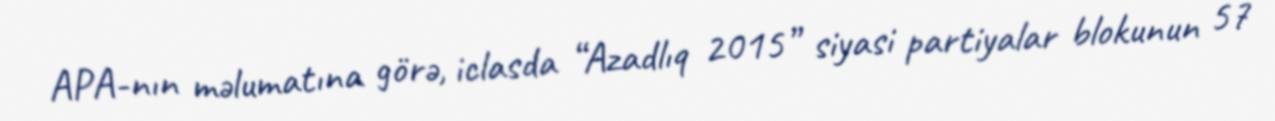
APA-nın məlumatına görə, iclasda “Azadlıq 2015” siyasi partiyalar blokunun 57